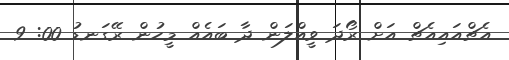
އެޗްއައިއެޗް އަށް ރޯދަ ވީއްލަން ދާ ބައެއް މީހުން ރޭގަނޑު 00: 9